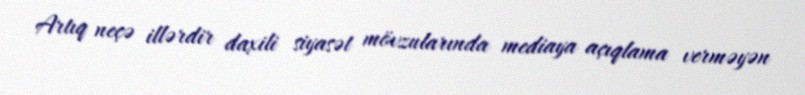
Artıq neçə illərdir daxili siyasət mövzularında mediaya açıqlama verməyən